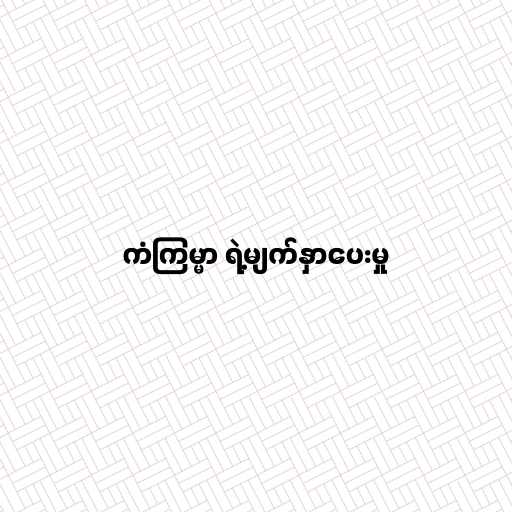
ကံကြမ္မာ ရဲ့မျက်နှာပေးမှု